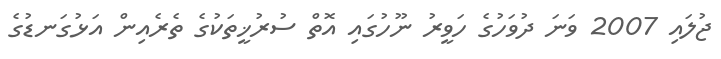
ޖުލައި 2007 ވަނަ ދުވަހުގެ ހަވީރު ނޫހުގައި އޮތް ސުރުޚީތަކުގެ ތެރެއިން އަޅުގަނޑުގެ